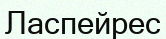
Ласпейрес